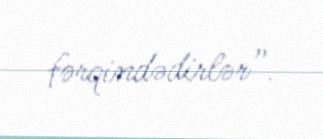
fərqindədirlər”.